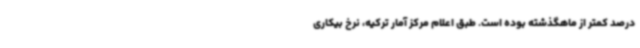
درصد کمتر از ماهگذشته بوده است. طبق اعلام مرکز آمار ترکیه، نرخ بیکاری